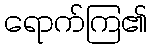
ရောက်ကြ၏